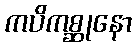
ကပိကစ္ဆုနော